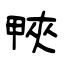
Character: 𤲍